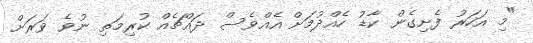
"މި އަހަރު ފެށިގެން ކާޑު ހެއްދުމަށް އެއްވެސް ދައްޗެއް ކުރިމަތި ނުވެ ވަރަށް